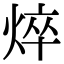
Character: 焠